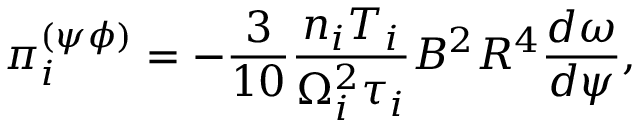
\pi _ { i } ^ { ( \psi \phi ) } = - \frac { 3 } { 1 0 } \frac { n _ { i } T _ { i } } { \Omega _ { i } ^ { 2 } \tau _ { i } } B ^ { 2 } R ^ { 4 } \frac { d \omega } { d \psi } ,